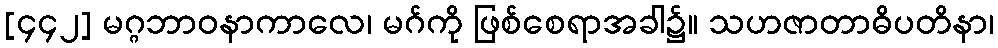
[၄၄၂] မဂ္ဂဘာဝနာကာလေ၊ မဂ်ကို ဖြစ်စေရာအခါ၌။ သဟဇာတာဓိပတိနာ၊